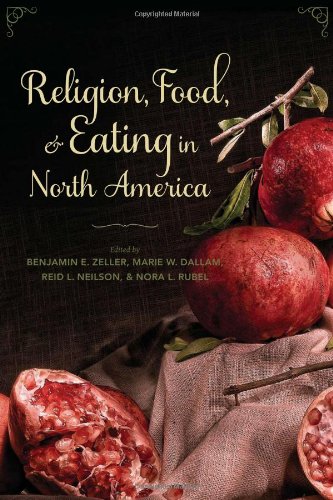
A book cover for Religion, Food, and Eating in North America (Arts and Traditions of the Table: Perspectives on Culinary History); Christian Books & Bibles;